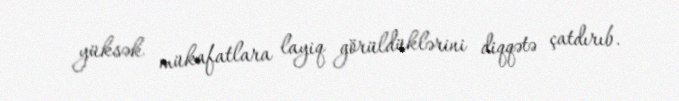
yüksək mükafatlara layiq görüldüklərini diqqətə çatdırıb.